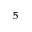
^ { 5 }